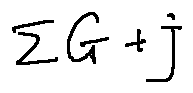
\sum G + j